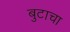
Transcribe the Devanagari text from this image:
बुटाचा